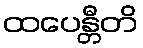
ထပေန္တီတိ